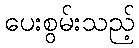
ပေးစွမ်းသည့်